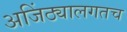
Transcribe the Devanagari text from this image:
अजिंठ्यालगतच